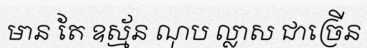
មាន តែ ឧស្ម័ន ណុប ល្លាស ជាច្រើន